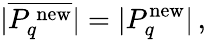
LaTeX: |\overline{{{P_{q}^{\mathrm{\, new}}}}}|=|P_{q}^{\mathrm{new}}|\, ,